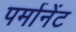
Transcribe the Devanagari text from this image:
पर्मानेंट